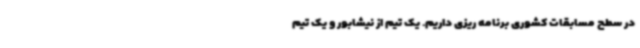
در سطح مسابقات کشوری برنامه ریزی داریم. یک تیم از نیشابور و یک تیم